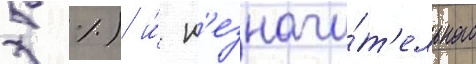
5 %) и́ н'езначи́т'ельного